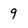
Character: 9